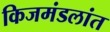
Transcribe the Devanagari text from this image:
किजमंडलांत